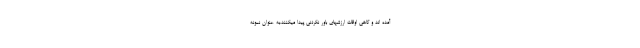
آمده اند و گاهی اوقات ارزشهای باور نکردنی پیدا میکنند.به عنوان نمونه